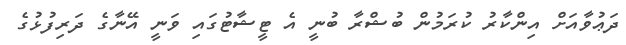
ދަޢުވާއަށް އިންކާރު ކުރަމުން ބުޝްރާ ބުނީ އެ ޓީޝާޓުގައި ވަނީ އޭނާގެ ދަރިފުޅުގެ